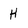
Character: H